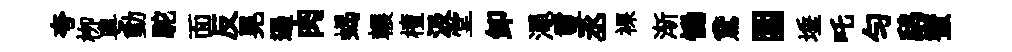
夸栁粤動駝面反晃遏肉蝎輾檀汲堂卸澠璽丞裸渐慟鵞圍埵吒勻鸱蜜